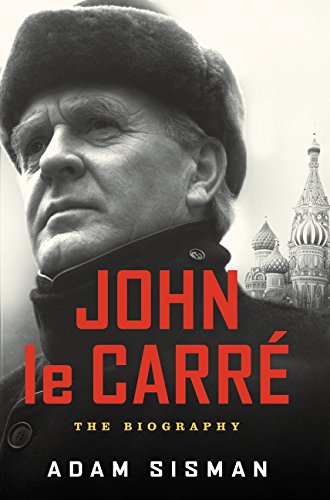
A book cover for John le Carre: The Biography; Adam Sisman; Biographies & Memoirs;